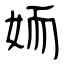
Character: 䎟